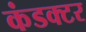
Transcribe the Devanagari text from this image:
कंडक्‍टर